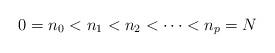
LaTeX: \begin{align*} 0=n_0< n_1<n_2<\cdots<n_p=N\end{align*}